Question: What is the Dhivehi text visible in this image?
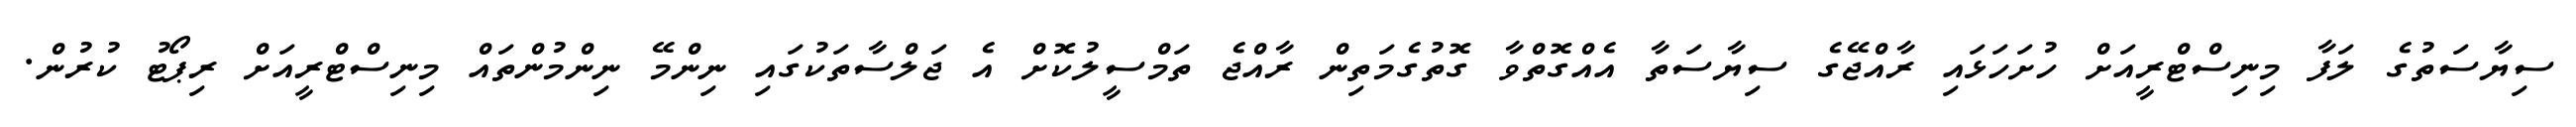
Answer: ސިޔާސަތުގެ ލަފާ މިނިސްޓްރީއަށް ހުށަހަޅައި ރާއްޖޭގެ ސިޔާސަތާ އެއްގޮތްވާ ގޮތުގެމަތިން ރާއްޖެ ތަމްސީލުކޮށް އެ ޖަލްސާތަކުގައި ނިންމޭ ނިންމުންތައް މިނިސްޓްރީއަށް ރިޕޯޓު ކުރުން.